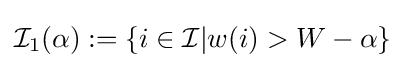
{\mathcal {I}}_{1}(\alpha ):=\{i\in {\mathcal {I}}|w(i)>W-\alpha \}